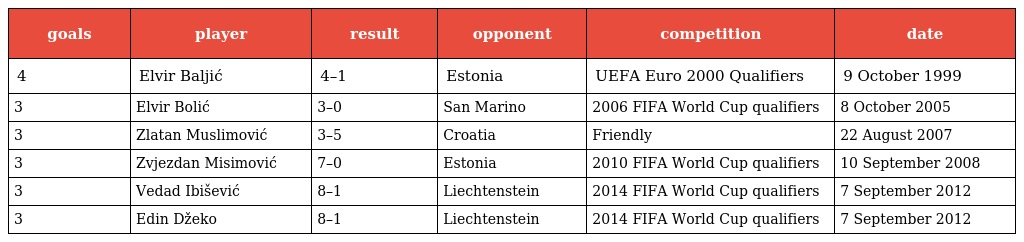
| goals | player | result | opponent | competition | date |
 | --- | --- | --- | --- | --- | --- |
 | 4 | Elvir Baljić | 4–1 | Estonia | UEFA Euro 2000 Qualifiers | 9 October 1999 |
 | 3 | Elvir Bolić | 3–0 | San Marino | 2006 FIFA World Cup qualifiers | 8 October 2005 |
 | 3 | Zlatan Muslimović | 3–5 | Croatia | Friendly | 22 August 2007 |
 | 3 | Zvjezdan Misimović | 7–0 | Estonia | 2010 FIFA World Cup qualifiers | 10 September 2008 |
 | 3 | Vedad Ibišević | 8–1 | Liechtenstein | 2014 FIFA World Cup qualifiers | 7 September 2012 |
 | 3 | Edin Džeko | 8–1 | Liechtenstein | 2014 FIFA World Cup qualifiers | 7 September 2012 |